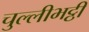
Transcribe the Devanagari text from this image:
चुल्लीभट्ठी